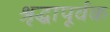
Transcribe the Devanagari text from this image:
श्रृद्धापूर्वक